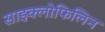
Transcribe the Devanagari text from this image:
साइक्लोफिलिन